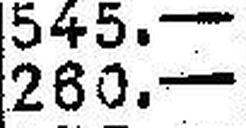
260.—